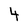
Character: 4